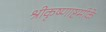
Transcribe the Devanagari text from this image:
श्रीकृष्णाष्टमीके